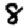
Digit: 8